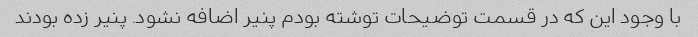
با وجود این که در قسمت توضیحات توشته بودم پنیر اضافه نشود. پنیر زده بودند